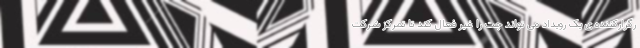
رگزارکننده ی یک رویداد می تواند چت را غیر فعال کند تا تمرکز شرکت